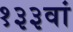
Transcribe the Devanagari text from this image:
१३३वां